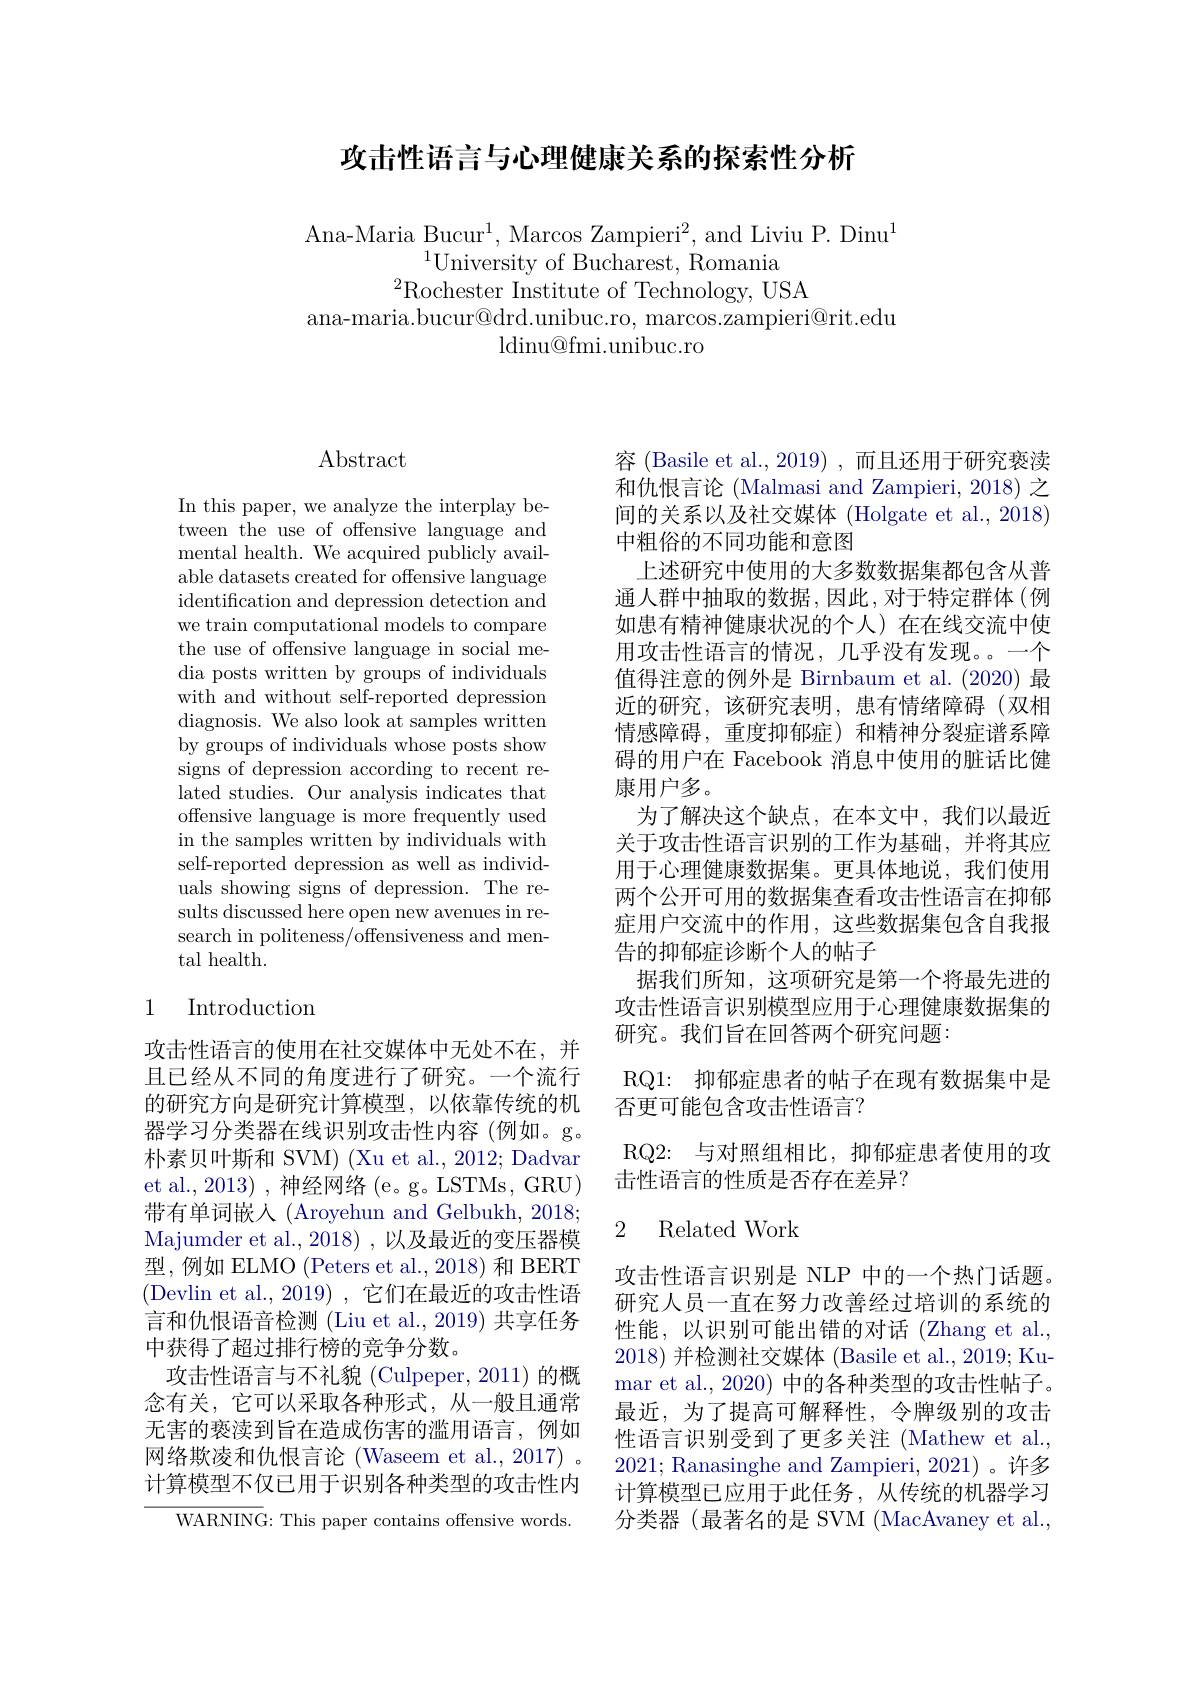
攻击性语言与心理健康关系的探索性分析

Ana-Maria Bucur$^1$, Marcos Zampieri$^2$, and Liviu P. Dinu$^1$
$^{1}$University of Bucharest, Romania
$^{2}$Rochester Institute of Technology, USA
ana-maria.bucur@drd.unibuc.ro, marcos.zampieri@rit.edu
$\operatorname{ldinu@fmi.unibuc.ro}$

## $\operatorname{Abstract}$

In this paper, we analyze the interplay between the use of offensive language and mental health. We acquired publicly available datasets created for offensive language identification and depression detection and we train computational models to compare the use of offensive language in social media posts written by groups of individuals with and without self-reported depression diagnosis. We also look at samples written by groups of individuals whose posts show signs of depression according to recent related studies. Our analysis indicates that offensive language is more frequently used in the samples written by individuals with self-reported depression as well as individuals showing signs of depression. The results discussed here open new avenues in research in politeness/offensiveness and mental health.

## 1 Introduction

攻击性语言的使用在社交媒体中无处不在，并且已经从不同的角度进行了研究。一个流行的研究方向是研究计算模型，以依靠传统的机器学习分类器在线识别攻击性内容(例如。g。朴素贝叶斯和 SVM) (Xu et al., 2012; Dadvar et al., 2013) , 神经网络 (e。g。LSTMs, GRU) 带有单词嵌人(Aroyehun and Gelbukh, 2018; Majumder et al. , 2018) , 以及最近的变压器模型，例如 ELMO (Peters et al., 2018) 和 BERT (Devlin et al., 2019) , 它们在最近的攻击性语言和仇恨语音检测 (Liu et al., 2019) 共享任务中获得了超过排行榜的竞争分数。
攻击性语言与不礼貌 (Culpeper,2011) 的概念有关，它可以采取各种形式，从一般且通常无害的亵渎到旨在造成伤害的滥用语言，例如网络欺凌和仇恨言论 (Waseem et al., 2017) 。计算模型不仅已用于识别各种类型的攻击性内

${\overline{{\mathrm{WARNING}}}}:$This paper contains offensive words.

容 (Basile et al.,2019) ,而且还用于研究亵渎和仇恨言论 (Malmasi and Zampieri, 2018) 之间的关系以及社交媒体 (Holgate et al., 2018) 中粗俗的不同功能和意图
上述研究中使用的大多数数据集都包含从普通人群中抽取的数据，因此，对于特定群体(例如患有精神健康状况的个人)在在线交流中使用攻击性语言的情况，几乎没有发现。一个值得注意的例外是 Birnbaum et al.(2020) 最近的研究，该研究表明，患有情绪障碍(双相情感障碍，重度抑郁症)和精神分裂症谱系障碍的用户在 Facebook 消息中使用的脏话比健康用户多。
为了解决这个缺点，在本文中，我们以最近关于攻击性语言识别的工作为基础，并将其应用于心理健康数据集。更具体地说，我们使用两个公开可用的数据集查看攻击性语言在抑郁症用户交流中的作用，这些数据集包含自我报告的抑郁症诊断个人的帖子
据我们所知，这项研究是第一个将最先进的攻击性语言识别模型应用于心理健康数据集的研究。我们旨在回答两个研究问题：
RQ1: 抑郁症患者的帖子在现有数据集中是
否更可能包含攻击性语言？
RQ2: 与对照组相比，抑郁症患者使用的攻
击性语言的性质是否存在差异？
2 Related Work

攻击性语言识别是 NLP 中的一个热门话题。研究人员一直在努力改善经过培训的系统的性能，以识别可能出错的对话(Zhang et al., 2018)并检测社交媒体 (Basile et al., 2019; Ku- ${\mathrm{mar~et~al.,~2020)~}}$中的各种类型的攻击性帖子。最近，为了提高可解释性，令牌级别的攻击性语言识别受到了更多关注 (Mathew et al., 2021; Ranasinghe and Zampieri, 2021) 。许多计算模型已应用于此任务，从传统的机器学习分类器(最著名的是 SVM (MacAvaney et al.,